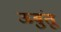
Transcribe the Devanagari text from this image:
ऊबुंतू